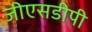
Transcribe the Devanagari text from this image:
जीएसडीपी